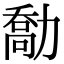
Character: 勪